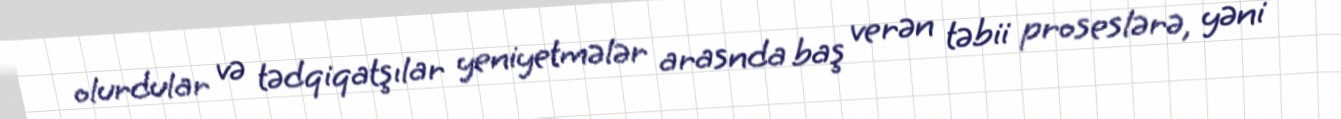
olurdular və tədqiqatşılar yeniyetmələr arasnda baş verən təbii proseslərə, yəni